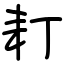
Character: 耓